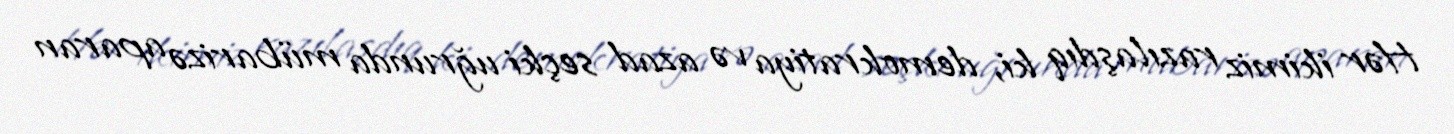
Hər ikimiz razılaşdıq ki, demokratiya və azad seçki uğrunda mübarizə aparan